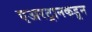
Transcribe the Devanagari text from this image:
एअरट्रानकडून